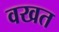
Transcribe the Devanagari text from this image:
वखत